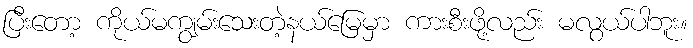
ပြီးတော့ ကိုယ်မကျွမ်းသေးတဲ့နယ်မြေမှာ ကားစီးဖို့လည်း မလွယ်ပါဘူး။